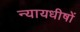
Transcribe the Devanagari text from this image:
न्यायधीषों